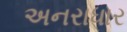
અનરાધાર